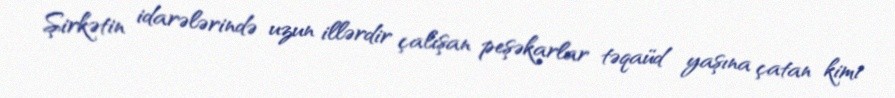
Şirkətin idarələrində uzun illərdir çalışan peşəkarlar təqaüd yaşına çatan kimi